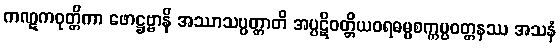
ကဏ္ဋကဝုတ္တိကာ ဖောဋ္ဌဗ္ဗာနိ အဿာသပ္ပတ္တာတိ အပ္ပဋိဝတ္တိယဝရဓမ္မစက္ကပ္ပဝတ္တနဿ အသနံ